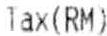
TAX(RM)